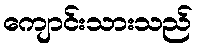
ကျောင်းသားသည်